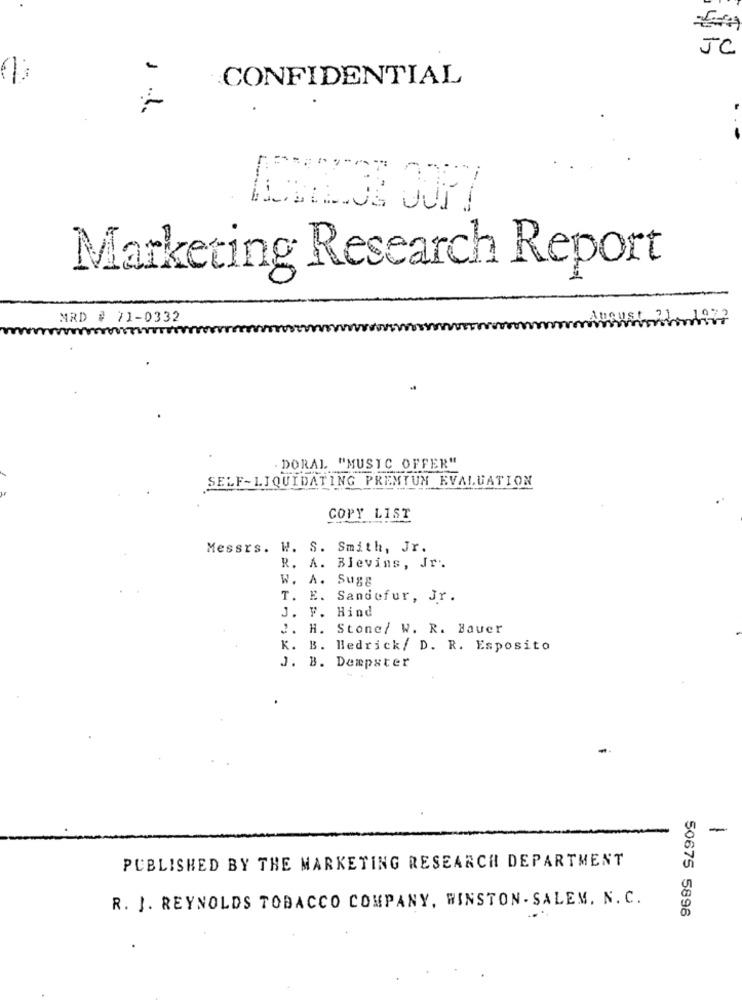
JC
-
CONFIDENTIAL
.-
Marketing Research Report
MRD # 71-0332
m
. DORAL "MUSIC OFFER"
SELF-LIQUIDATING PREMTUN EVALUATION
COPY LIST
Messrs. W. S. Smith, Jr.
R. A. Blevins, Jr.
W. A. Sugg
T. E. Sandofur, Jr.
J. F. Hind
2. H. Stone/ W. R. Bauer
K. B. Hedrick/ D. R. Esposito
J. B. Dempster
-
PUBLISHED BY THE MARKETING RESEARCH DEPARTMENT
R. J. REYNOLDS TOBACCO COMPANY, WINSTON- SALEM. N. C.
50675 5896